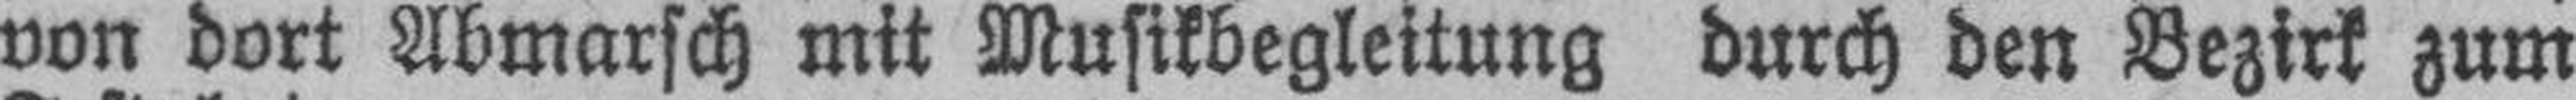
von dort Abmarsch mit Musikbegleitung durch den Bezirk zum